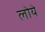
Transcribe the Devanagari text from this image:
लोये